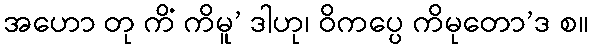
အဟော တု ကိံ ကိမူ’ ဒါဟု၊ ဝိကပ္ပေ ကိမုတော’ဒ စ။